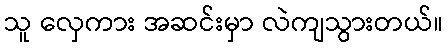
သူ လှေကား အဆင်းမှာ လဲကျသွားတယ်။